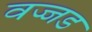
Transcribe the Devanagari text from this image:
वज्जड